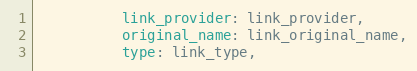
Language: Ruby
          link_provider: link_provider,
          original_name: link_original_name,
          type: link_type,